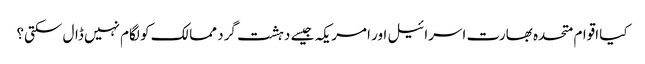
کیا اقوام متحدہ بھارت اسرائیل اور امریکہ جیسے دہشت گرد ممالک کو لگام نہیں ڈال سکتی؟